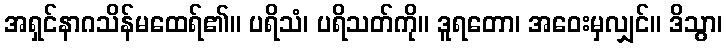
အရှင်နာဂသိန်မထေရ်၏။ ပရိသံ၊ ပရိသတ်ကို။ ဒူရတော၊ အဝေးမှလျှင်။ ဒိသွာ၊